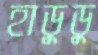
হাডুডু